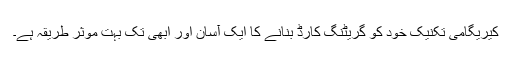
کیریگامی تکنیک خود کو گریٹنگ کارڈ بنانے کا ایک آسان اور ابھی تک بہت موثر طریقہ ہے۔